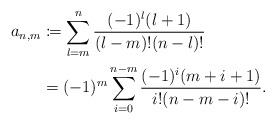
\begin{align*} a_{n,m}&\coloneqq\sum_{l=m}^n\frac{(-1)^l(l+1)}{(l-m)!(n-l)!}\\&=(-1)^m\sum_{i=0}^{n-m}\frac{(-1)^i(m+i+1)}{i!(n-m-i)!}.\end{align*}